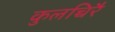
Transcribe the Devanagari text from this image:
कुलच्चिरै